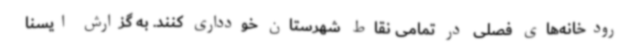
رودخانه‌های فصلی در تمامی نقاط شهرستان خودداری کنند. به گزارش ایسنا